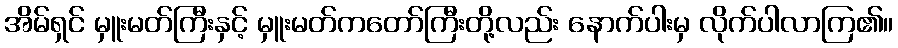
အိမ်ရှင် မှူးမတ်ကြီးနှင့် မှူးမတ်ကတော်ကြီးတို့လည်း နောက်ပါးမှ လိုက်ပါလာကြ၏။